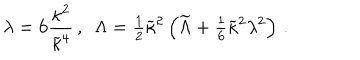
LaTeX: \lambda = 6 { \frac { \kappa ^ { 2 } } { \widetilde \kappa ^ { 4 } } } \, , ~ ~ \Lambda = { \textstyle { \frac { 1 } { 2 } } } \widetilde \kappa ^ { 2 } \left( \widetilde { \Lambda } + { \textstyle { \frac { 1 } { 6 } } } \widetilde \kappa ^ { 2 } \lambda ^ { 2 } \right) \, .